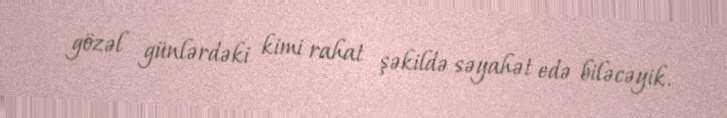
gözəl günlərdəki kimi rahat şəkildə səyahət edə biləcəyik.